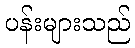
ပန်းများသည်